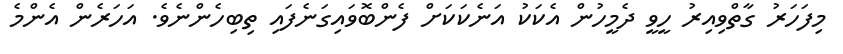
މިފަހަރު ގާތްވިއިރު ހީވީ ދެމީހުން އެކަކު އަނެކަކަށް ފެންބޮވައިގަނެފައި ތިބިހެންނެވެ. އަހަރެން އެންމެ